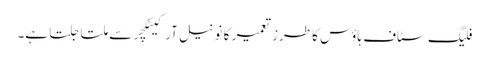
فلیگ سٹاف ہاؤس کا طرز تعمیر کا نونیل آرکیٹکچر سے ملتا جلتا ہے۔